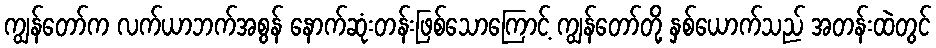
ကျွန်တော်က လက်ယာဘက်အစွန် နောက်ဆုံးတန်းဖြစ်သောကြောင့် ကျွန်တော်တို့ နှစ်ယောက်သည် အတန်းထဲတွင်